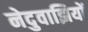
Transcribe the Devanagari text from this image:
नेदुवाझियों